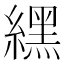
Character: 𦄿